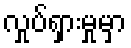
လှုပ်ရှားမှုမှာ